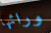
ورائها